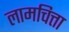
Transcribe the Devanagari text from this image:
लामचित्ता